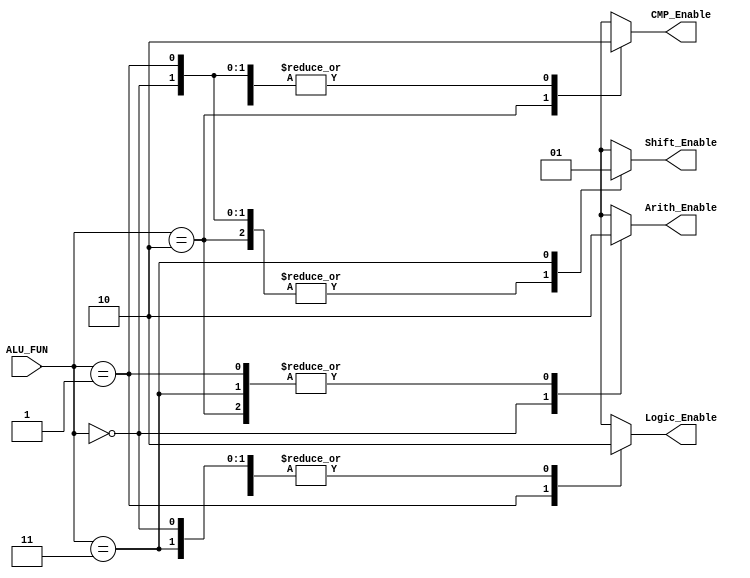
module Decoder_Unit
//declaring input and output ports
(
input wire [1:0] ALU_FUN,
output reg      Arith_Enable,Logic_Enable,CMP_Enable,Shift_Enable
);

always@(*)
  begin
    Arith_Enable = 1'b0;
    Logic_Enable = 1'b0;
    CMP_Enable   = 1'b0;
    Shift_Enable = 1'b0;
    case(ALU_FUN)
      2'b00:begin
              Arith_Enable = 1'b1;
            end
      2'b01:begin
              Logic_Enable = 1'b1;
            end
      2'b10:begin
              CMP_Enable = 1'b1;
            end
      2'b11:begin
              Shift_Enable = 1'b1;
            end
    endcase
  end         
endmodule